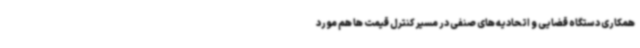
همکاری دستگاه قضایی و اتحادیه های صنفی در مسیر کنترل قیمت ها هم مورد